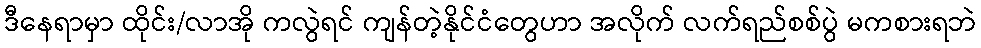
ဒီနေရာမှာ ထိုင်း/လာအို ကလွဲရင် ကျန်တဲ့နိုင်ငံတွေဟာ အလိုက် လက်ရည်စစ်ပွဲ မကစားရဘဲ